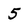
Character: 5